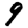
Digit: 9